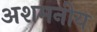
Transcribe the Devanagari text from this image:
अशमनीय